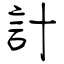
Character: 計